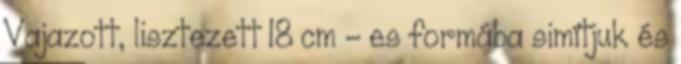
Vajazott, lisztezett 18 cm - es formába simítjuk és